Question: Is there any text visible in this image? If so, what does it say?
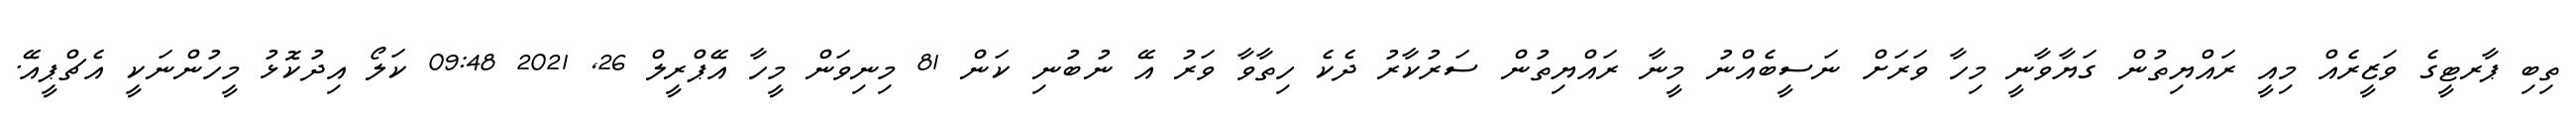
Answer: ތިބި ޕާރޓީގެ ވަޒީރެއް މިއީ ރައްޔިތުން ގަޔާވާނީ މިހާ ވަރަށް ނަސީބެއްނު މީނާ ރައްޔިތުން ސަރުކާރު ދެކެ ހިތާވާ ވަރު އޭ ނުބުނި ކަން 81 މިނިވަން މީހާ އޭޕްރީލް 26, 2021 09:48 ކަލޯ އިދުކޮޅު މީހުންނަކީ އެޗްޕީއޭ.